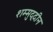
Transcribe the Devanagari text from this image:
शम्मुद्दीन